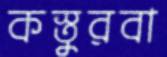
কস্তুরবা